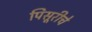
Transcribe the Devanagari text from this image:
पिसूरीचे